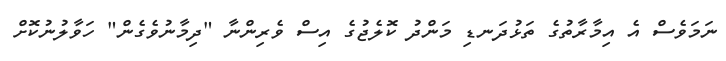
ނަމަވެސް އެ އިމާރާތުގެ ތަޅުދަނޑި މަންދު ކޮލެޖުގެ އިސް ވެރިންނާ "ދިމާނުވެގެން" ހަވާލުނުކޮށް